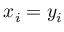
x _ { i } = y _ { i }